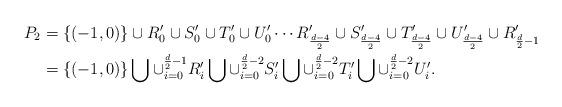
LaTeX: \begin{align*}P_2& =\{(-1,0)\}\cup R'_0\cup S'_0\cup T'_0 \cup U'_0\cdots R'_{\frac{d-4}{2}}\cup S'_{\frac{d-4}{2}}\cup T'_{\frac{d-4}{2}} \cup U'_{\frac{d-4}{2}} \cup R'_{\frac{d}{2}-1}\\&=\{(-1,0)\}\bigcup \cup_{i=0}^{\frac{d}{2}-1}R'_i\bigcup \cup_{i=0}^{\frac{d}{2}-2}S'_i\bigcup \cup_{i=0}^{\frac{d}{2}-2}T'_i\bigcup \cup_{i=0}^{\frac{d}{2}-2}U'_i.\end{align*}